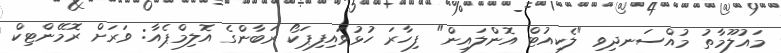
މައުލޫމާތު މުއްސަނދިވި "ލެކިއުޓް އޮންލައިން" ފިހާރަ ހުޅުވައިފިޕަކޯ ރަބާންގެ އޮލިމްޕެއާ: ވަރަށް ރޮމޭންޓިކް